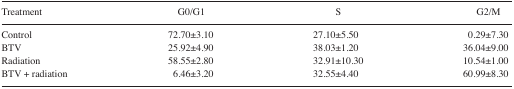
<table><thead><tr><td><b>Treatment</b></td><td><b>G0/G1</b></td><td><b>S</b></td><td><b>G2/M</b></td></tr></thead><tbody><tr><td>Control</td><td>72.70±3.10</td><td>27.10±5.50</td><td>0.29±7.30</td></tr><tr><td>BTV</td><td>25.92±4.90</td><td>38.03±1.20</td><td>36.04±9.00</td></tr><tr><td>Radiation</td><td>58.55±2.80</td><td>32.91±10.30</td><td>10.54±1.00</td></tr><tr><td>BTV + radiation</td><td>6.46±3.20</td><td>32.55±4.40</td><td>60.99±8.30</td></tr></tbody></table>